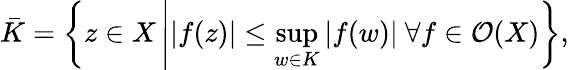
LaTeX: {\bar{K}}=\left\{ z\in X\left||f(z)|\leq\operatorname*{sup}_{w\in K}|f(w)|\ \forall f\in{\mathcal{O}}(X)\right.\right\} ,